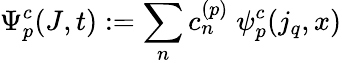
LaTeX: \Psi_{p}^{c}(J,t):=\sum_{n}c_{n}^{(p)}\; \psi_{p}^{c}(j_{q},x)